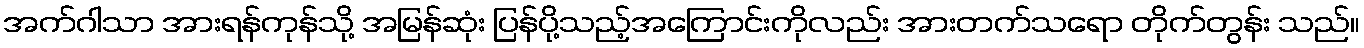
အက်ဂါသာ အားရန်ကုန်သို့ အမြန်ဆုံး ပြန်ပို့သည့်အကြောင်းကိုလည်း အားတက်သရော တိုက်တွန်း သည်။